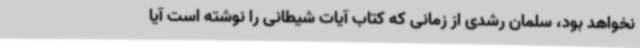
نخواهد بود، سلمان رشدی از زمانی که کتاب آیات شیطانی را نوشته است آیا